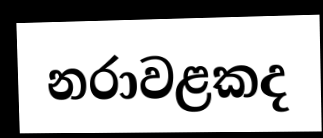
නරාවළකද